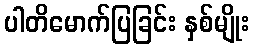
ပါတိမောက်ပြခြင်း နှစ်မျိုး